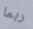
ربما